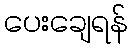
ပေးချေရန်